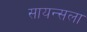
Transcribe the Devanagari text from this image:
सायन्सला